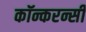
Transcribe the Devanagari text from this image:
कॉन्करन्सी